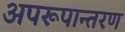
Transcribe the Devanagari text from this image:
अपरूपान्तरण